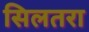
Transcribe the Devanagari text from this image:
सिलतरा